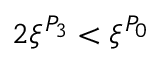
2 \xi ^ { P _ { 3 } } < \xi ^ { P _ { 0 } }